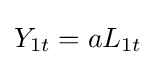
Y_{1t}=aL_{1t}